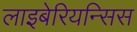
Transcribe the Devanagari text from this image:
लाइबेरियन्सिस